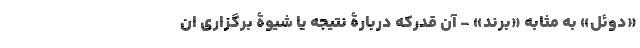
«دوئل» به مثابه «برند» - آن قدرکه دربارۀ نتیجه یا شیوۀ برگزاری ان